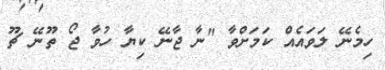
ހިމެނޭ ލަވައެއް ކަމަށްވާ "ނާ ޖާނޭ ކިޔާ ހުވާ ޖޯ ތޫނޭ ޗޫ